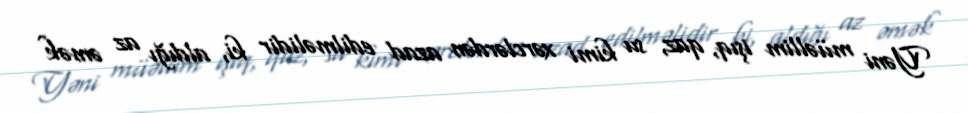
Yəni müəllim işıq, qaz, su kimi xərclərdən azad edilməlidir ki, aldığı az əmək